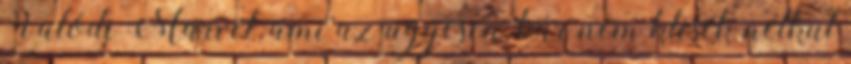
Valódi Marvel, ami az ügyesen, bár nem klisék nélkül